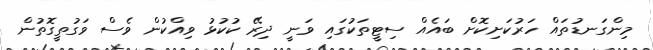
މިންގަނޑުތައް ހަރުކަށިކޮށް ބައެއް ސިޓީތަކުގައި ވަނީ ދިރޭ ކުކުޅު ވިއްކުން ވެސް ވަގުތީގޮތުން